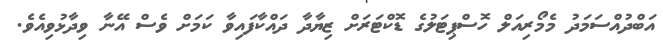
އަބްދުއްސަމަދު މެމޯރިއަލް ހޮސްޕިޓަލުގެ ޑޮކްޓަރަށް ޒިޔާދާ ދައްކާފައިވާ ކަމަށް ވެސް އޭނާ ވިދާޅުވިއެވެ.